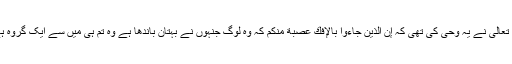
اللہ تعالیٰ نے یہ وحی کی تھی کہ إِنَّ الَّذِيْنَ جَاءُوْا بِالْإِفْكِ عُصْبَةٌ مِّنْكُمْ کہ وہ لوگ جنہوں نے بہتان باندھا ہے وہ تم ہی میں سے ایک گروہ ہے۔